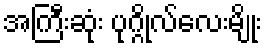
အကြီးဆုံး ပုဂ္ဂိုလ်လေးမျိုး